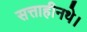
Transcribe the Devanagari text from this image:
सत्ताहीनथे।